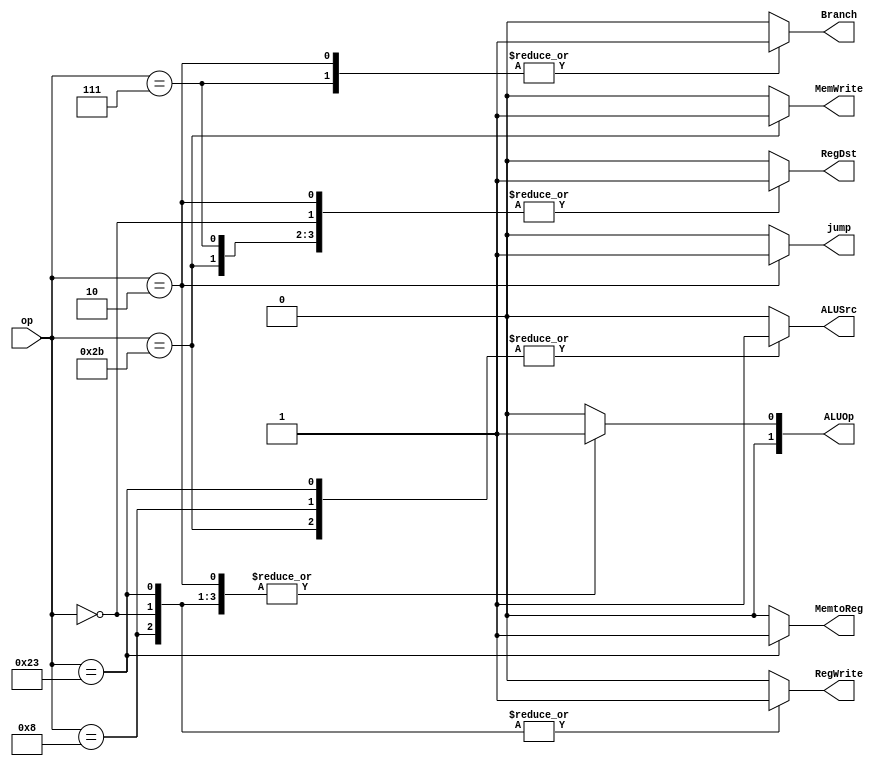
`timescale 1ns / 1ps
//////////////////////////////////////////////////////////////////////////////////
// Company: 
// Engineer: 
// 
// Design Name: 
// Module Name:    control_unit 
// Project Name: 
// Target Devices: 
// Tool versions: 
// Description: 
//
// Dependencies: 
//
// Revision: 
// Revision 0.01 - File Created
// Additional Comments: 
//
//////////////////////////////////////////////////////////////////////////////////
module control_unit(
	input [5:0]op,
	output reg MemtoReg,
	output reg MemWrite,
	output reg Branch,
	output reg ALUSrc,
	output reg RegDst,
	output reg RegWrite,
	output reg jump,
	output reg [1:0]ALUOp
);

always @ (*)
begin
	case(op)
		//addi
		6'b001000:
		begin
			MemtoReg <= 0;
			MemWrite <= 0;
			Branch <= 0;
			ALUSrc <= 1;
			RegDst <= 0;
			RegWrite <= 1;
			jump <= 0;
			ALUOp <= 2'b01;
		end
		//add
		6'b000000:
		begin
			MemtoReg <= 0;
			MemWrite <= 0;
			Branch <= 0;
			ALUSrc <= 0;
			RegDst <= 1;
			RegWrite <= 1;
			jump <= 0;
			ALUOp <= 2'b01;
		end
		//lw
		6'b100011:
		begin
			MemtoReg <= 1;
			MemWrite <= 0;
			Branch <= 0;
			ALUSrc <= 1;
			RegDst <= 0;
			RegWrite <= 1;
			jump <= 0;
			ALUOp <= 2'b01;
		end
		//sw
		6'b101011:
		begin
			MemtoReg <= 0;
			MemWrite <= 1;
			Branch <= 0;
			ALUSrc <= 1;
			RegDst <= 1;
			RegWrite <= 0;
			jump <= 0;
			ALUOp <= 2'b01;
		end
		//bgtz
		6'b000111:
		begin
			MemtoReg <= 0;
			MemWrite <= 0;
			Branch <= 1;
			ALUSrc <= 0;
			RegDst <= 1;
			RegWrite <= 0;
			jump <= 0;
			ALUOp <= 2'b01;
		end
		//j
		6'b000010:
		begin
			MemtoReg <= 0;
			MemWrite <= 0;
			Branch <= 1;
			ALUSrc <= 0;
			RegDst <= 1;
			RegWrite <= 0;
			jump <= 1;
			ALUOp <= 2'b01;
		end
		default:
		begin
			MemtoReg <= 0;
			MemWrite <= 0;
			Branch <= 0;
			ALUSrc <= 0;
			RegDst <= 0;
			RegWrite <= 0;
			jump <= 0;
			ALUOp <= 2'b00;
		end
	endcase
end


endmodule